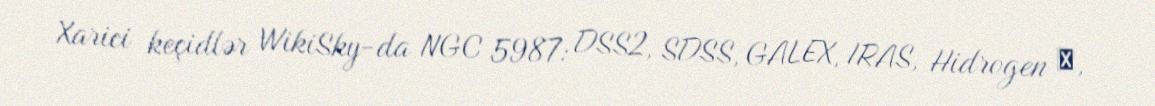
Xarici keçidlər WikiSky-da NGC 5987: DSS2, SDSS, GALEX, IRAS, Hidrogen α,